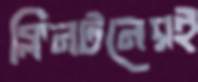
ক্লিনটনেরই